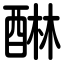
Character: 醂